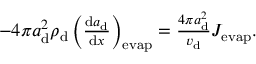
\begin{array} { r } { - 4 \pi a _ { \mathrm { d } } ^ { 2 } \rho _ { \mathrm { d } } \left( \frac { \mathrm { d } a _ { \mathrm { d } } } { \mathrm { d } x } \right) _ { \mathrm { e v a p } } = \frac { 4 \pi a _ { \mathrm { d } } ^ { 2 } } { v _ { \mathrm { d } } } J _ { \mathrm { e v a p } } . } \end{array}